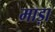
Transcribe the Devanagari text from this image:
माड़ा